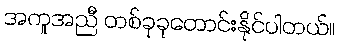
အကူအညီ တစ်ခုခုတောင်းနိုင်ပါတယ်။